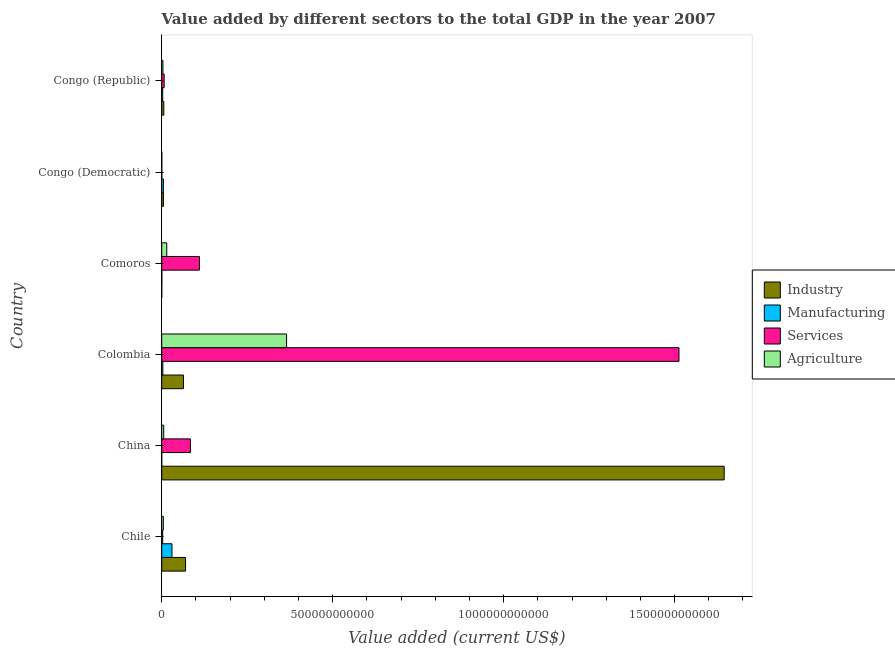
| Country | Industry | Manufacturing | Services | Agriculture |
 | --- | --- | --- | --- | --- |
 | Chile | 6.97e+10 | 3e+10 | 2.87e+09 | 4.72e+09 |
 | China | 1.65e+12 | 1.89e+07 | 8.39e+10 | 5.89e+09 |
 | Colombia | 6.35e+10 | 3.28e+09 | 1.51e+12 | 3.65e+11 |
 | Comoros | 5.03e+07 | 3.38e+08 | 1.1e+11 | 1.48e+10 |
 | Congo (Democratic) | 5.06e+09 | 5.03e+09 | 2.23e+08 | 1.89e+08 |
 | Congo (Republic) | 6.15e+09 | 2.96e+09 | 7.15e+09 | 3.62e+09 |